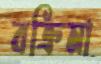
বক্রিমা